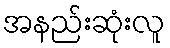
အနည်းဆုံးလူ